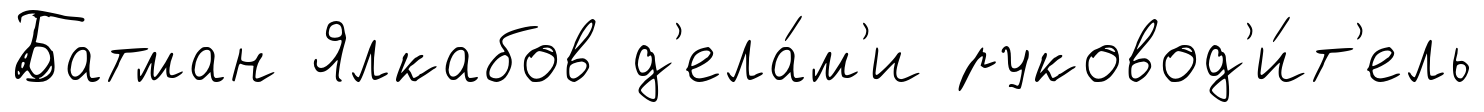
Батман Ялкабов д'ела́м'и руковод'и́т'ель